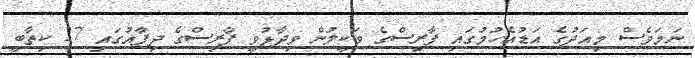
ނަމަވެސް މިއަދުގެ އަޑުއެހުމުގައި ފާރިސްގެ ވަކީލުން ވިދާޅުވީ ފާރިސްގެ ދިފާއުގައި 27 ކިތާބީ